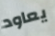
يعاود